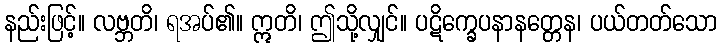
နည်းဖြင့်။ လဗ္ဘတိ၊ ရအပ်၏။ ဣတိ၊ ဤသို့လျှင်။ ပဋိက္ခေပနာနတ္တေန၊ ပယ်တတ်သော